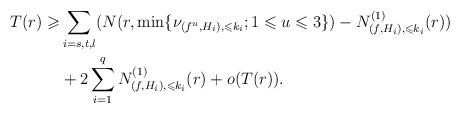
LaTeX: \begin{align*}T(r)\geqslant&\sum_{i=s,t,l}(N(r,\min\{\nu_{(f^u,H_i),\leqslant k_i};1\leqslant u\leqslant 3\})-N^{(1)}_{(f,H_i),\leqslant k_i}(r))\\&+ 2\sum_{i=1}^qN^{(1)}_{(f,H_i),\leqslant k_i}(r)+o(T(r)).\end{align*}